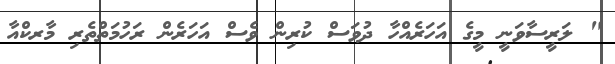
" ލަރީސާވަނީ މީގެ އަހަރެއްހާ ދުވަސް ކުރިން ވެސް އަހަރެން ރަހުމަތްތެރި މާރކްއާ